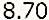
8.70